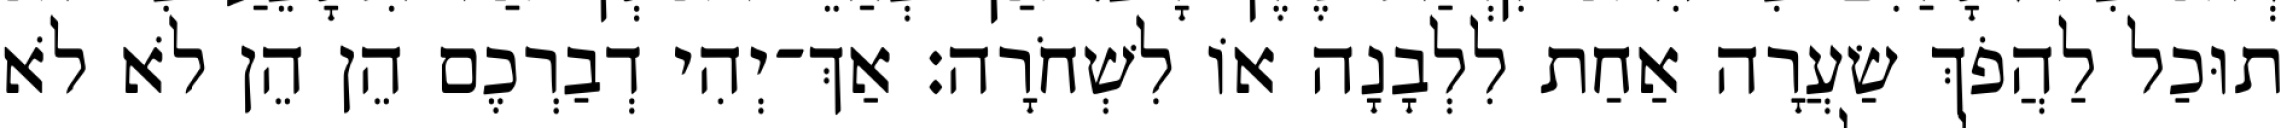
תוּכַל לַהֲפֹךְ שַׂעֲרָה אַחַת לִלְבָנָה אוֹ לִשְׁחֹרָה׃ אַךְ־יְהִי דְבַרְכֶם הֵן הֵן לֹא לֹא